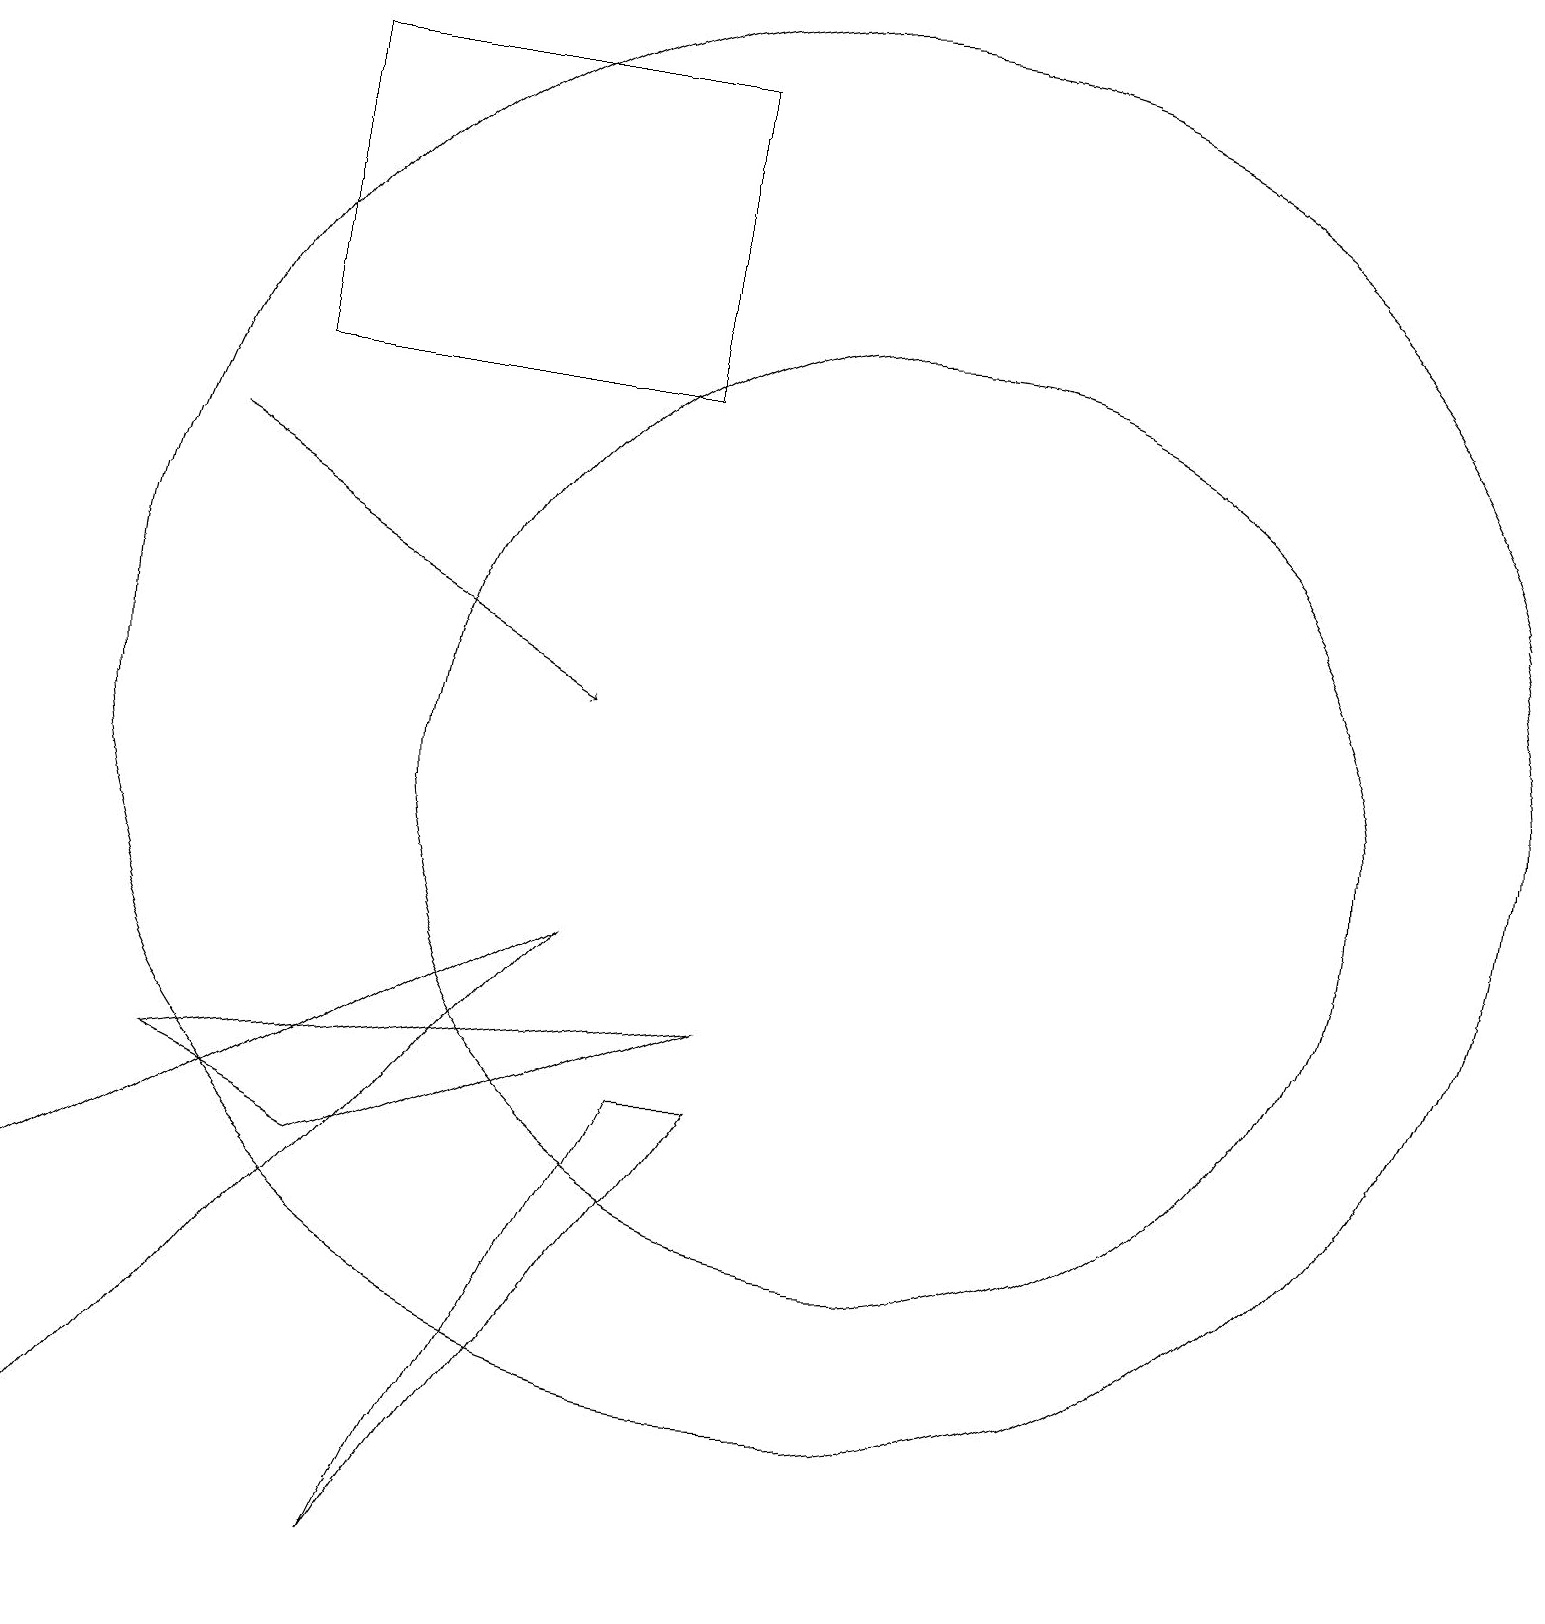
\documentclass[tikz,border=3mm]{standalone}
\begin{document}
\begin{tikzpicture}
\draw (7,8) -- (0,0) -- (0,4) -- cycle;
\draw (10,11) circle (9);
\draw (5,0) -- (9,6) -- (8,6) -- cycle;
\draw (3,15) rectangle (8,19);
\draw[->] (2,14) -- (7,11);
\draw (4,5) -- (9,7) -- (2,6) -- cycle;
\draw (11,10) circle (6);
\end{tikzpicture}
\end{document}